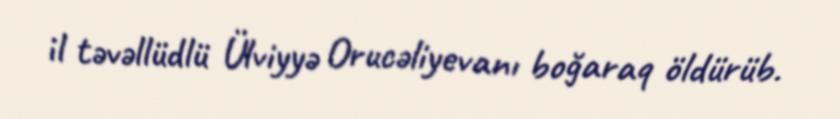
il təvəllüdlü Ülviyyə Orucəliyevanı boğaraq öldürüb.